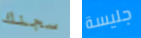
سجنك جليسة